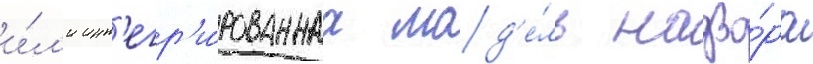
и́л'и инт'егр'и́рованнаа мод'е́ль надзо́ра